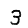
Digit: 3